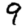
Digit: 9